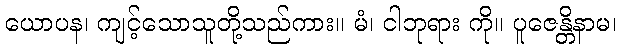
ယောပန၊ ကျင့်သောသူတို့သည်ကား။ မံ၊ ငါဘုရား ကို။ ပူဇေန္တိနာမ၊